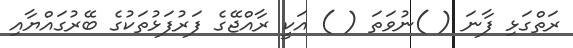
ރަތްގަޅި ފާނަ ( )ނުވަތަ ( ) އަކީ ރާއްޖޭގެ ފަރުފަޅުތަކުގެ ބޭރުގައްޔާއި